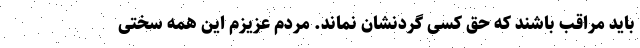
باید مراقب باشند که حق کسی گردنشان نماند. مردم عزیزم این همه سختی